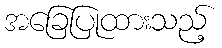
အခြေပြုထားသည့်